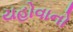
યહોવાનો